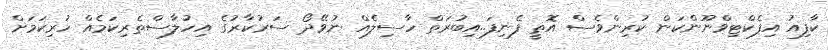
ކާފިއު އިފެކްޓިވްނޫންކަން ކުރިންވެސް އޮތީ ފެނިފަ..އިބުރަތް ހާސިލެއް ނުވޭދޯ ސަރުކާރުގެ އިހުލާސްތެރިކަމެއް ހުރިކަމަށް